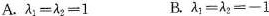
A.$$\lambda _{1}=\lambda _{2}=1 $$B.$$\lambda _{1}=\lambda _{2}≡-1$$